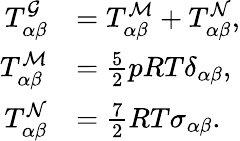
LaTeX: \begin{array}{rl}{T_{\alpha\beta}^{\mathcal{G}}}&{=T_{\alpha\beta}^{\mathcal{M}}+T_{\alpha\beta}^{\mathcal{N}},}\\ {T_{\alpha\beta}^{\mathcal{M}}}&{=\frac{5}{2}pRT\delta_{\alpha\beta},}\\ {T_{\alpha\beta}^{\mathcal{N}}}&{=\frac{7}{2}RT\sigma_{\alpha\beta}.}\end{array}